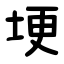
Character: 埂